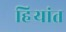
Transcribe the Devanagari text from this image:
हिर्‍यांत